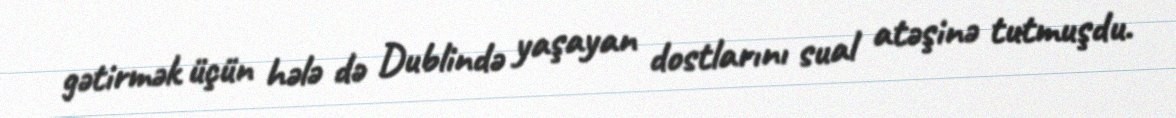
gətirmək üçün hələ də Dublində yaşayan dostlarını sual atəşinə tutmuşdu.